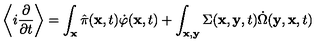
\left\langle i \frac { \partial } { \partial t } \right\rangle = \int _ { \bf x } \hat { \pi } ( { \bf x } , t ) \dot { \varphi } ( { \bf x } , t ) + \int _ { \bf x , y } \Sigma ( { \bf x } , { \bf y } , t ) \dot { \Omega } ( { \bf y } , { \bf x } , t )